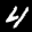
Label: 4